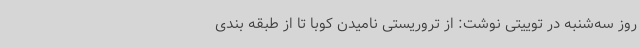
روز سه‌شنبه در توییتی نوشت: از تروریستی نامیدن کوبا تا از طبقه بندی